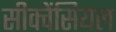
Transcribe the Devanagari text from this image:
सीक्वेंसियल